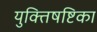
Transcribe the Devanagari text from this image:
युक्तिषष्टिका